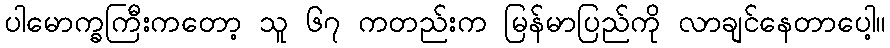
ပါမောက္ခကြီးကတော့ သူ ၆၇ ကတည်းက မြန်မာပြည်ကို လာချင်နေတာပေါ့။